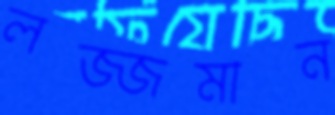
লজ্জমান